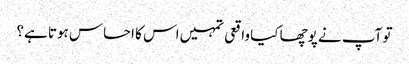
تو آپ نے پوچھا کیا واقعی تمہیں اس کا احساس ہوتا ہے؟